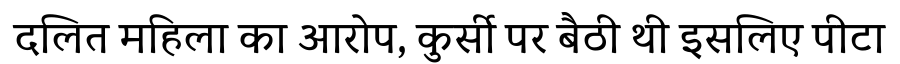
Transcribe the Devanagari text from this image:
दलित महिला का आरोप, कुर्सी पर बैठी थी इसलिए पीटा